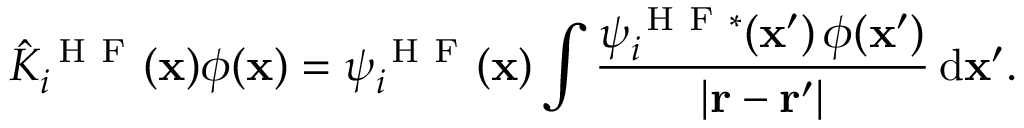
\hat { K } _ { i } ^ { \mathrm { ~ H ~ F ~ } } ( \mathbf { x } ) \phi ( \mathbf { x } ) = \psi _ { i } ^ { \mathrm { ~ H ~ F ~ } } ( \mathbf { x } ) \int \frac { \psi _ { i } ^ { \mathrm { ~ H ~ F ~ } \ast } ( \mathbf { x } ^ { \prime } ) \, \phi ( \mathbf { x } ^ { \prime } ) } { | \mathbf { r } - \mathbf { r } ^ { \prime } | } \, \mathrm { d } \mathbf { x } ^ { \prime } .